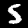
Label: 5